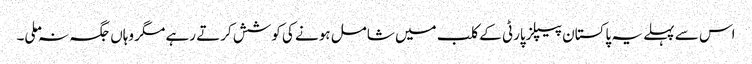
اس سے پہلے یہ پاکستان پیپلزپارٹی کے کلب میں شامل ہونے کی کوشش کرتے رہے مگر وہاں جگہ نہ ملی۔